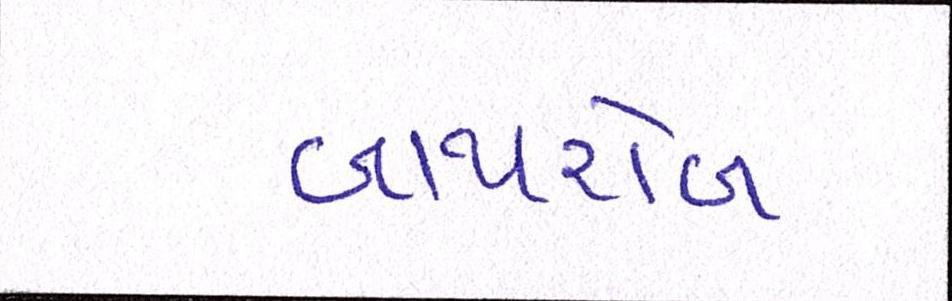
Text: બાથરોબ